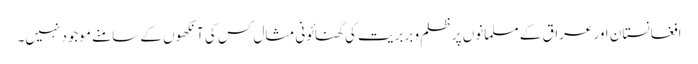
افغانستان اور عراق کے مسلمانوں پر ظلم و بربریت کی گھنائونی مثال کس کی آنکھوں کے سامنے موجود نہیں۔